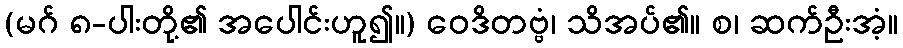
(မဂ် ၈-ပါးတို့၏ အပေါင်းဟူ၍။) ဝေဒိတဗ္ဗံ၊ သိအပ်၏။ စ၊ ဆက်ဦးအံ့။